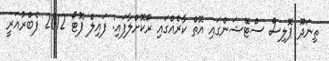
ތިނަދޫ ޕޮލިސް ސްޓޭޝަންގައި އޮތް ކާރެއްގައި ރޯކޮށްލާފައި: ފައިލް ފޮޓޯ 2012 ފެބްރުއަރީ